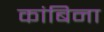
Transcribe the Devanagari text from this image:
कांबिना